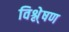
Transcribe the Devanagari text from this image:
विश्ले्षण